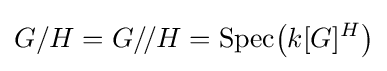
G/H=G/\!/H=\operatorname {Spec} \!{\big (}k[G]^{H}{\big )}